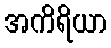
အကိရိယာ